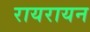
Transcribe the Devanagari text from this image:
रायरायन